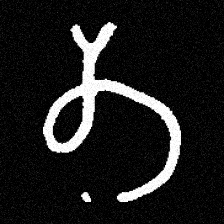
Pyu character \u2014 Myanmar letter: တ (romanized: ta)